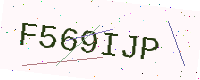
Text: F569IJP